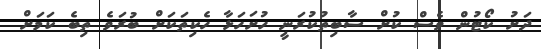
ދަށު ކޯޓުން ވެސް ކުށް ސާބިތުކުރަނީ ހުށަހަޅާ ހެކިތަކަށް ބުރަވެ ތިބެ ކަމަށް